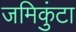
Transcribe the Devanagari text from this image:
जमिकुंटा